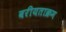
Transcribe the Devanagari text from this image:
वरीयताक्रम